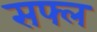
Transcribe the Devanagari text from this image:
सफ्ल